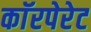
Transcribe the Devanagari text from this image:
काॅरपेरेट